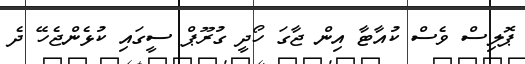
ޕޮލިސް ވެސް ކުއާޓާ އިން ޖާގަ ހޯދީ ގުރޫޕް ސީގައި ކުޅެންޖެހޭ ދެ